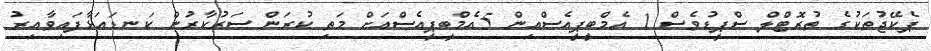
ޕެކޭޖުތަކުގެ ތުރޮޓްލް ސްޕީޑުވެސް 1 އެމްބީޕީއެސްއިން 5އެމްބީޕީއެސްއަށް މަތި ކުރަން ސަރުކާރުން ކަނޑައަޅާފައިވާއިރު